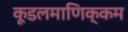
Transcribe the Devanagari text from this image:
कूडलमाणिक्कम